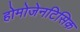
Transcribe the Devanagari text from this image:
होमोजेनटिसिक